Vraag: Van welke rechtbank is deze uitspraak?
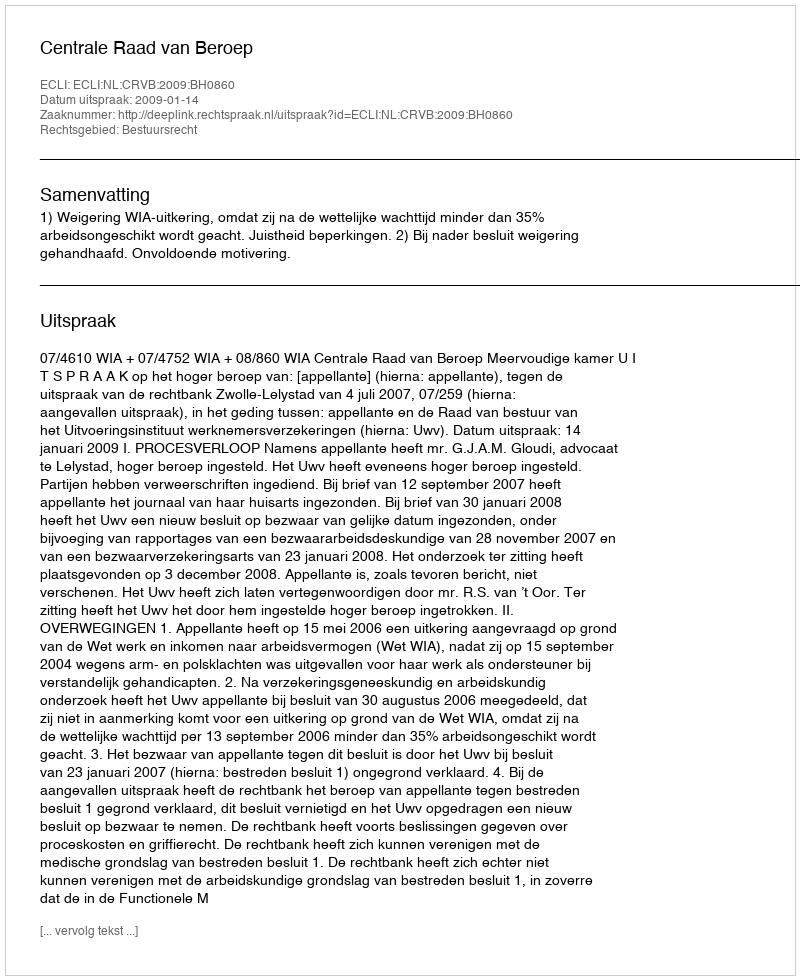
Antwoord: Centrale Raad van Beroep